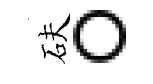
砆。